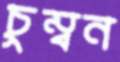
চুম্বন